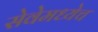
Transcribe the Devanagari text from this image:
सेवेमध्येच